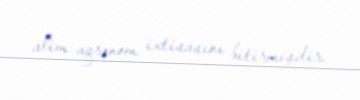
alim-aqronom ixtisasını bitirmişdir.